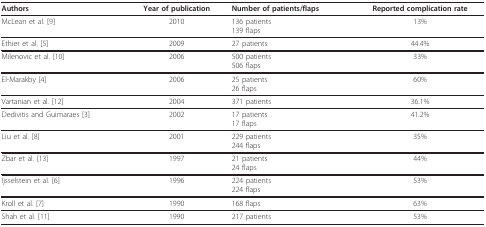
<table><thead><tr><td><b>Authors</b></td><td><b>Year of publication</b></td><td><b>Number of patients/flaps</b></td><td><b>Reported complication rate</b></td></tr></thead><tbody><tr><td>McLean et al. [9]</td><td>2010</td><td>136 patients139 flaps</td><td>13%</td></tr><tr><td>Ethier et al. [5]</td><td>2009</td><td>27 patients</td><td>44.4%</td></tr><tr><td>Milenovic et al. [10]</td><td>2006</td><td>500 patients506 flaps</td><td>33%</td></tr><tr><td>El-Marakby [4]</td><td>2006</td><td>25 patients26 flaps</td><td>60%</td></tr><tr><td>Vartanian et al. [12]</td><td>2004</td><td>371 patients</td><td>36.1%</td></tr><tr><td>Dedivitis and Guimaraes [3]</td><td>2002</td><td>17 patients17 flaps</td><td>41.2%</td></tr><tr><td>Liu et al. [8]</td><td>2001</td><td>229 patients244 flaps</td><td>35%</td></tr><tr><td>Zbar et al. [13]</td><td>1997</td><td>21 patients24 flaps</td><td>44%</td></tr><tr><td>Ijsselstein et al. [6]</td><td>1996</td><td>224 patients224 flaps</td><td>53%</td></tr><tr><td>Kroll et al. [7]</td><td>1990</td><td>168 flaps</td><td>63%</td></tr><tr><td>Shah et al. [11]</td><td>1990</td><td>217 patients</td><td>53%</td></tr></tbody></table>